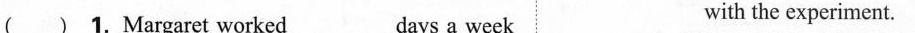
( ) 1. Margaret worked_days a week with the experiment.